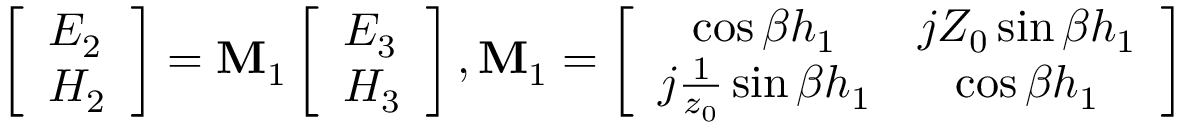
\left[ \begin{array} { l } { E _ { 2 } } \\ { H _ { 2 } } \end{array} \right] = \mathbf { M } _ { 1 } \left[ \begin{array} { l } { E _ { 3 } } \\ { H _ { 3 } } \end{array} \right] , \mathbf { M } _ { 1 } = \left[ \begin{array} { c c } { \cos \beta h _ { 1 } } & { j Z _ { 0 } \sin \beta h _ { 1 } } \\ { j \frac { 1 } { z _ { 0 } } \sin \beta h _ { 1 } } & { \cos \beta h _ { 1 } } \end{array} \right]